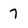
Character: 7